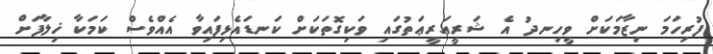
ފުރިހަމަ ނިޒާމަކަށް ވީހިނދު އެ ޝަރީޢަރީޢަތުގައި ވަކިގޮތަކަށް ކަނޑައެޅިފައިވާ އެއްވެސް ކަމަކާ ޚިލާފަށް